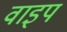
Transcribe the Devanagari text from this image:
वाइप